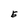
Character: E